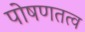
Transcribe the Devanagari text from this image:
पोषणतत्व